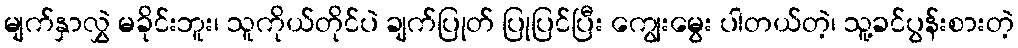
မျက်နှာလွှဲ မခိုင်းဘူး၊ သူကိုယ်တိုင်ပဲ ချက်ပြုတ် ပြုပြင်ပြီး ကျွေးမွေး ပါတယ်တဲ့၊ သူ့ခင်ပွန်းစားတဲ့